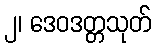
၂၊ ဒေဝဒတ္တသုတ်